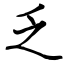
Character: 乏